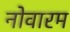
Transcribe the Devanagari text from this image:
नोवारम